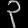
Digit: ၃